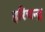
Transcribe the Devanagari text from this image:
हरिचन्द्र